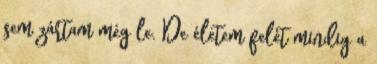
sem zártam még le. De életem felét mindig a